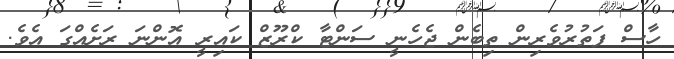
ހާސް ފަތުރުވެރިން ތިބެން ޖެހެނީ ސަންޓާ ކްރޫޒް ކައިރީ އޮންނަ ރަށެއްގަ އެވެ.